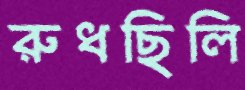
রুধছিলি